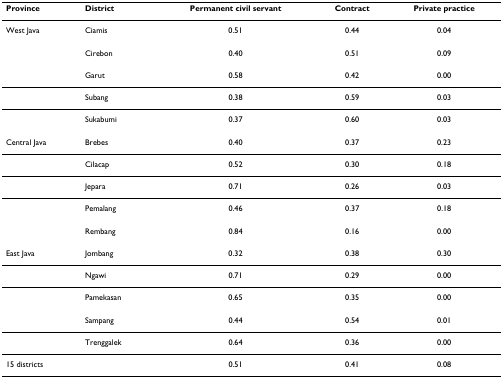
| Province | District | Permanent civil servant | Contract | Private practice |
 | --- | --- | --- | --- | --- |
 | West Java | Ciamis | 0.51 | 0.44 | 0.04 |
 |  | Cirebon | 0.40 | 0.51 | 0.09 |
 |  | Garut | 0.58 | 0.42 | 0.00 |
 |  | Subang | 0.38 | 0.59 | 0.03 |
 |  | Sukabumi | 0.37 | 0.60 | 0.03 |
 | Central Java | Brebes | 0.40 | 0.37 | 0.23 |
 |  | Cilacap | 0.52 | 0.30 | 0.18 |
 |  | Jepara | 0.71 | 0.26 | 0.03 |
 |  | Pemalang | 0.46 | 0.37 | 0.18 |
 |  | Rembang | 0.84 | 0.16 | 0.00 |
 | East Java | Jombang | 0.32 | 0.38 | 0.30 |
 |  | Ngawi | 0.71 | 0.29 | 0.00 |
 |  | Pamekasan | 0.65 | 0.35 | 0.00 |
 |  | Sampang | 0.44 | 0.54 | 0.01 |
 |  | Trenggalek | 0.64 | 0.36 | 0.00 |
 | 15 districts |  | 0.51 | 0.41 | 0.08 |